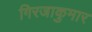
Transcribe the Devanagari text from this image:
गिरजाकुमार